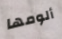
ألومها